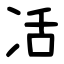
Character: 㓉